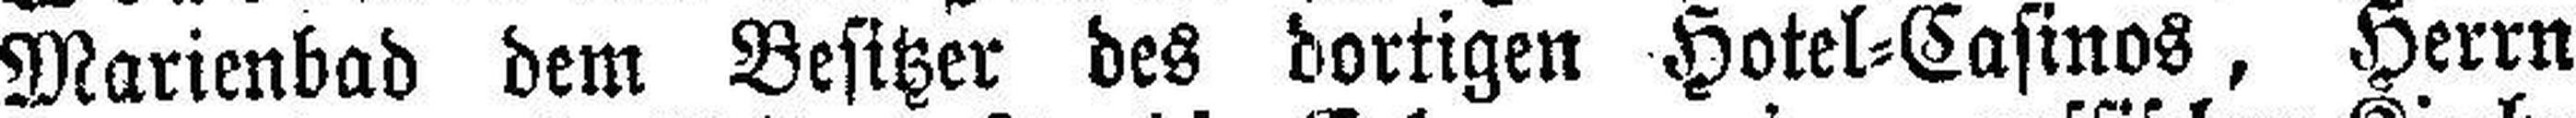
Marienbad dem Besitzer des dortigen Hotel=Casinos, Herrn